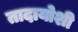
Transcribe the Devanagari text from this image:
तादायोशी